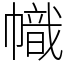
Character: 幟